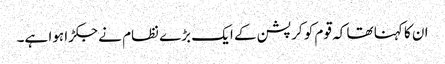
ان کا کہنا تھا کہ قوم کو کرپشن کے ایک بڑے نظام نے جکڑا ہوا ہے۔